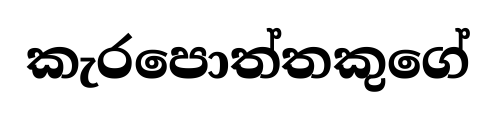
කැරපොත්තකුගේ